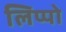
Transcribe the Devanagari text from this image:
लिप्पो